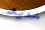
شديد